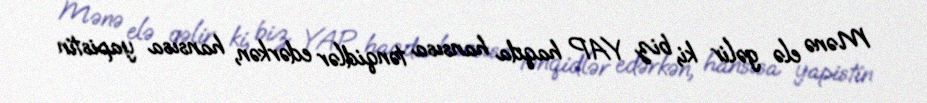
Mənə elə gəlir ki, biz YAP haqda hansısa tənqidlər edərkən, hansısa yapistin